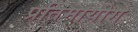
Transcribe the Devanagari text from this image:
प्रतिमायोग